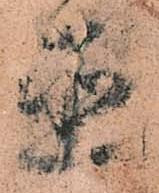
直